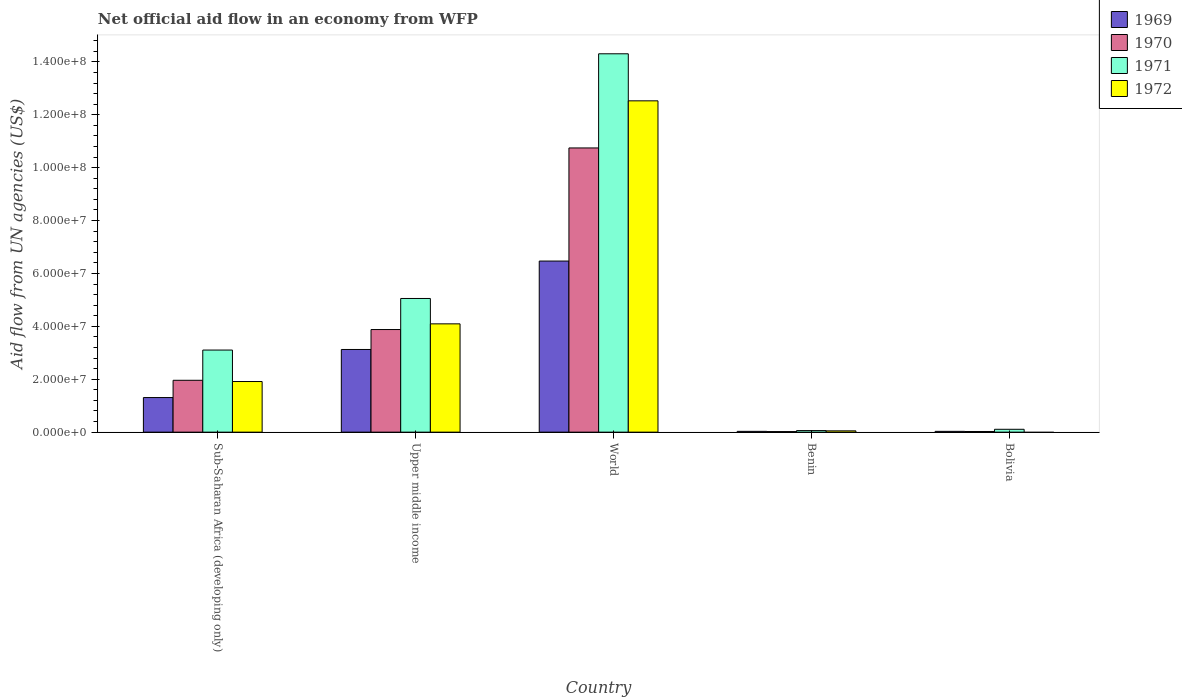
| Country | 1969 | 1970 | 1971 | 1972 |
 | --- | --- | --- | --- | --- |
 | Sub-Saharan Africa (developing only) | 1.31e+07 | 1.96e+07 | 3.1e+07 | 1.91e+07 |
 | Upper middle income | 3.13e+07 | 3.88e+07 | 5.05e+07 | 4.1e+07 |
 | World | 6.47e+07 | 1.07e+08 | 1.43e+08 | 1.25e+08 |
 | Benin | 3e+05 | 2.1e+05 | 5.9e+05 | 4.9e+05 |
 | Bolivia | 3e+05 | 2.5e+05 | 1.08e+06 | -6.3e+05 |